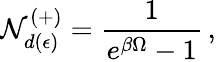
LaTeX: {\cal N}_{d(\epsilon)}^{(+)}=\frac{1}{e^{\beta\Omega}-1}\, ,